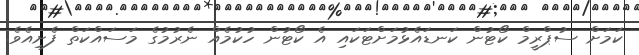
ކަމަށް ސުޕްރީމް ކޯޓުން ކަނޑައެޅުމަށްޓަކައި އެ ކޯޓުން ހުކުމެއް ނެރުމުގެ މަސައްކަތް ފެށިއެވެ.